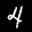
Label: 4